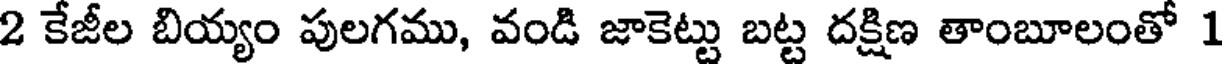
2 కేజీల బియ్యం పులగము, వండి జాకెట్టు బట్ట దక్షిణ తాంబూలంతో 1